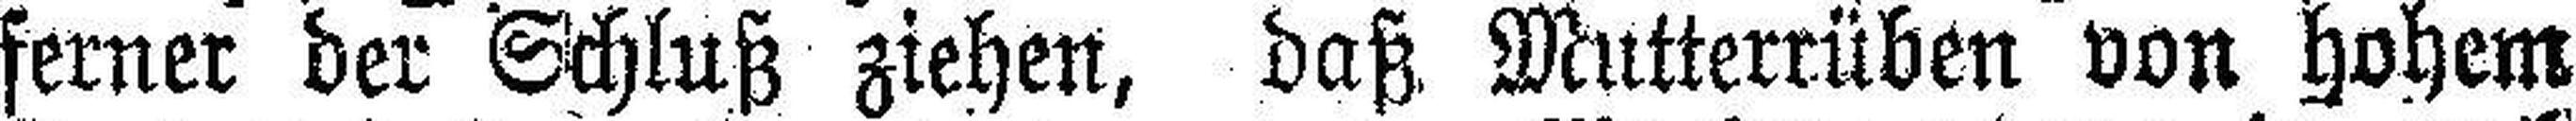
ferner der Schluß ziehen, daß Mutterrüben von hohem